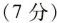
(7分)